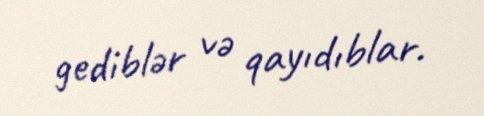
gediblər və qayıdıblar.